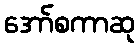
အော်စကာဆု